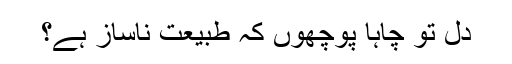
دل تو چاہا پوچھوں کہ طبیعت ناساز ہے؟